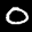
Label: 0